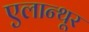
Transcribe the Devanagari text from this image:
एलान्थूर